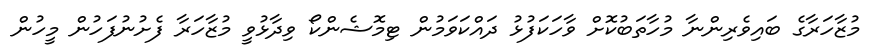
މުޒާހަރާގެ ބައިވެރިންނާ މުހާތަބުކޮށް ވާހަކަފުޅު ދައްކަވަމުން ޓިމޮޝެންކޯ ވިދާޅުވީ މުޒާހަރާ ފެށުނުފަހުން މީހުން